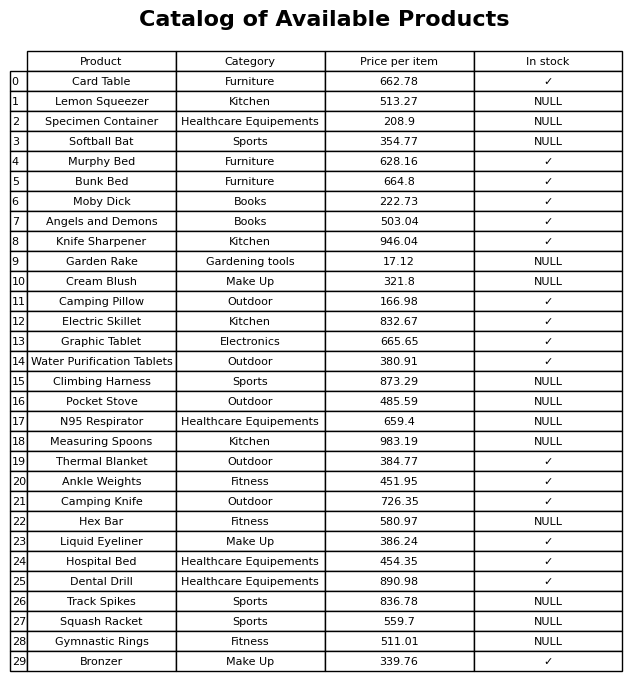
question: Is the Lemon Squeezer in stock?
answer: NULL